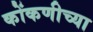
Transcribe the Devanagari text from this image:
कोंकणीच्या